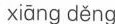
xiāng děng